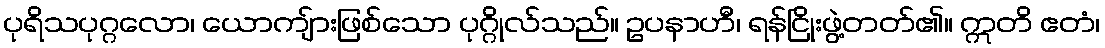
ပုရိသပုဂ္ဂလော၊ ယောကျ်ားဖြစ်သော ပုဂ္ဂိုလ်သည်။ ဥပနာဟီ၊ ရန်ငြိုးဖွဲ့တတ်၏။ ဣတိ ဧတံ၊